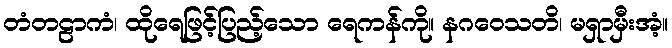
တံတဠာကံ၊ ထိုရေဖြင့်ပြည့်သော ရေကန်ကို။ နဂဝေသတိ၊ မရှာမှီးအံ့။